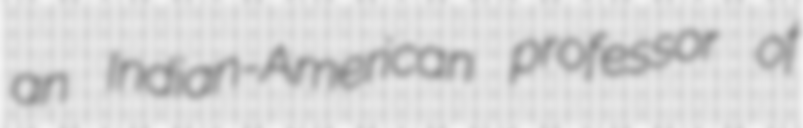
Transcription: an Indian-American professor of